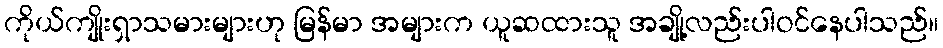
ကိုယ်ကျိုးရှာသမားများဟု မြန်မာ အများက ယူဆထားသူ အချို့လည်းပါဝင်နေပါသည်။